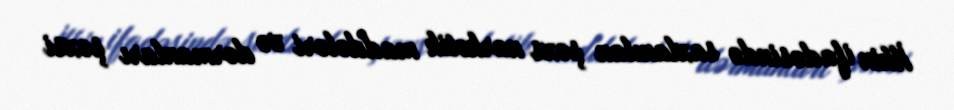
İlkin ifadəsində saxlanılan şəxs narkotik maddələri və dərmanları şəxsi